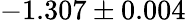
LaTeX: -1.307\pm 0.004